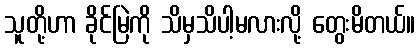
သူတို့ဟာ ခိုင်မြဲကို သိမှသိပါ့မလားလို့ တွေးမိတယ်။